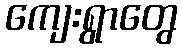
ကျေးရွာတွေ